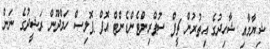
ޝިޔާމާއި ޝާހިދުގެ އިތުރުން ޗީފް ސުޕްރިންޓެންޑެންޓް އޮފް ޕޮލިސް ހަމްދޫން ރަޝީދުގެ ނަން